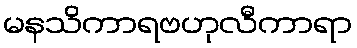
မနသိကာရဗဟုလီကာရာ